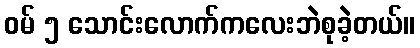
ဝမ် ၅ သောင်းလောက်ကလေးဘဲစုခဲ့တယ်။